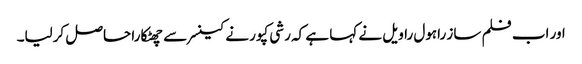
اور اب فلم ساز راہول راویل نے کہا ہے کہ رشی کپور نے کینسر سے چھٹکارا حاصل کرلیا۔